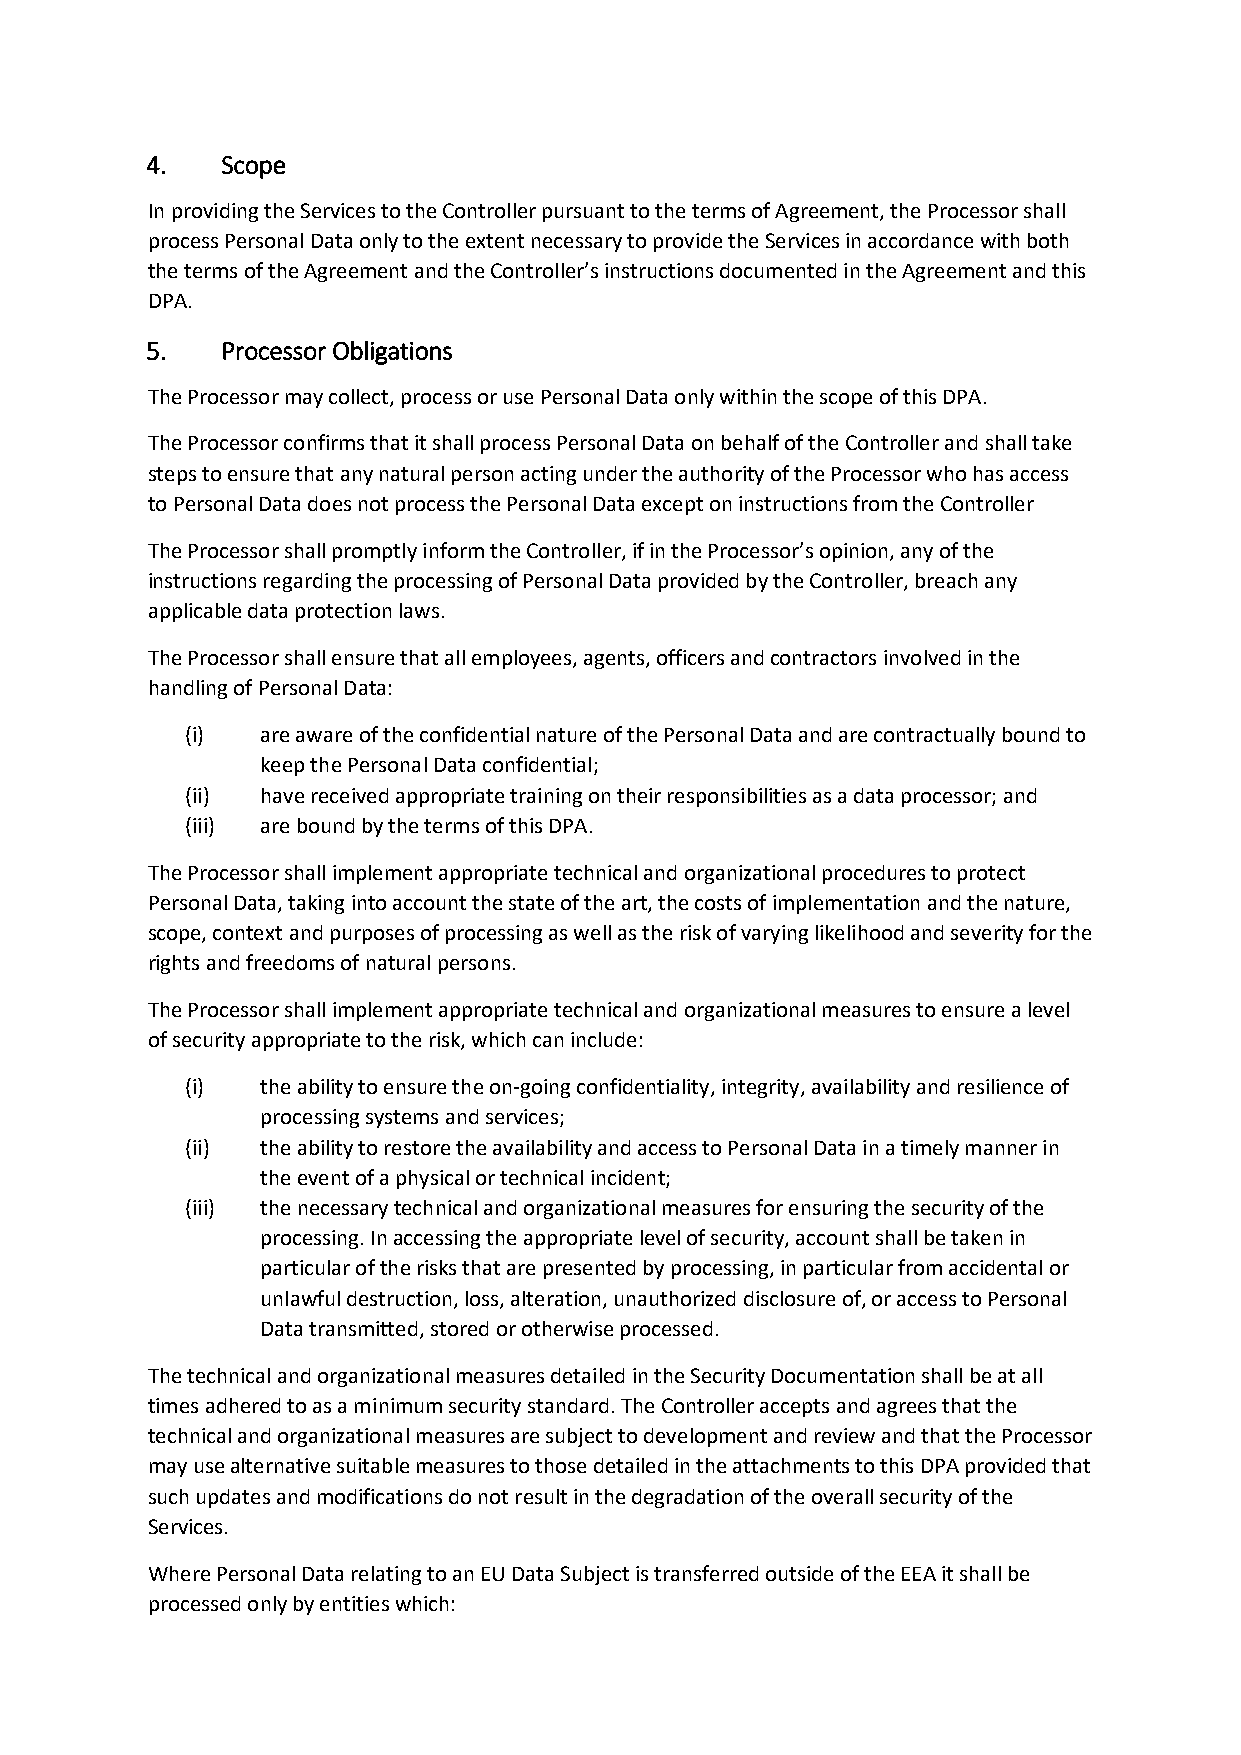
4.   Scope
 In providing the Services to the Controller pursuant to the terms of Agreement, the Processor shall
 process Personal Data only to the extent necessary to provide the Services in accordance with both
 the terms of the Agreement and the Controller’s instructions documented in the Agreement and this
 DPA.
 5.   Processor Obligations
 The Processor may collect, process or use Personal Data only within the scope of this DPA.
 The Processor confirms that it shall process Personal Data on behalf of the Controller and shall take
 steps to ensure that any natural person acting under the authority of the Processor who has access
 to Personal Data does not process the Personal Data except on instructions from the Controller
 The Processor shall promptly inform the Controller, if in the Processor’s opinion, any of the
 instructions regarding the processing of Personal Data provided by the Controller, breach any
 applicable data protection laws.
 The Processor shall ensure that all employees, agents, officers and contractors involved in the
 handling of Personal Data:
 (i)  are aware of the confidential nature of the Personal Data and are contractually bound to
 keep the Personal Data confidential;
 (ii) have received appropriate training on their responsibilities as a data processor; and
 (iii) are bound by the terms of this DPA.
 The Processor shall implement appropriate technical and organizational procedures to protect
 Personal Data, taking into account the state of the art, the costs of implementation and the nature,
 scope, context and purposes of processing as well as the risk of varying likelihood and severity for the
 rights and freedoms of natural persons.
 The Processor shall implement appropriate technical and organizational measures to ensure a level
 of security appropriate to the risk, which can include:
 (i)  the ability to ensure the on-going confidentiality, integrity, availability and resilience of
 processing systems and services;
 (ii) the ability to restore the availability and access to Personal Data in a timely manner in
 the event of a physical or technical incident;
 (iii) the necessary technical and organizational measures for ensuring the security of the
 processing. In accessing the appropriate level of security, account shall be taken in
 particular of the risks that are presented by processing, in particular from accidental or
 unlawful destruction, loss, alteration, unauthorized disclosure of, or access to Personal
 Data transmitted, stored or otherwise processed.
 The technical and organizational measures detailed in the Security Documentation shall be at all
 times adhered to as a minimum security standard. The Controller accepts and agrees that the
 technical and organizational measures are subject to development and review and that the Processor
 may use alternative suitable measures to those detailed in the attachments to this DPA provided that
 such updates and modifications do not result in the degradation of the overall security of the
 Services.
 Where Personal Data relating to an EU Data Subject is transferred outside of the EEA it shall be
 processed only by entities which: